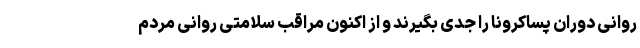
روانی دوران پساکرونا را جدی بگیرند و از اکنون مراقب سلامتی روانی مردم